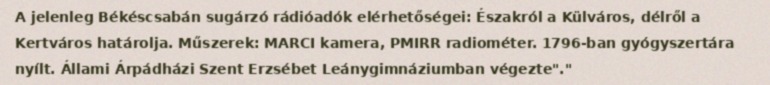
A jelenleg Békéscsabán sugárzó rádióadók elérhetőségei: Északról a Külváros, délről a Kertváros határolja. Műszerek: MARCI kamera, PMIRR radiométer. 1796-ban gyógyszertára nyílt. Állami Árpádházi Szent Erzsébet Leánygimnáziumban végezte"."